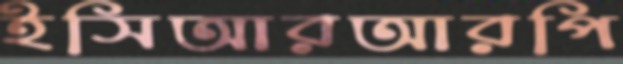
ইসিআরআরপি